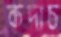
কদাচ